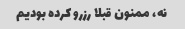
نه، ممنون قبلا رزرو کرده بودیم